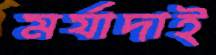
মর্যাদাই